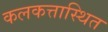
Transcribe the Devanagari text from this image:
कलकत्तास्थित